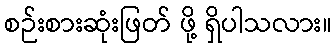
စဉ်းစားဆုံးဖြတ် ဖို့ ရှိပါသလား။